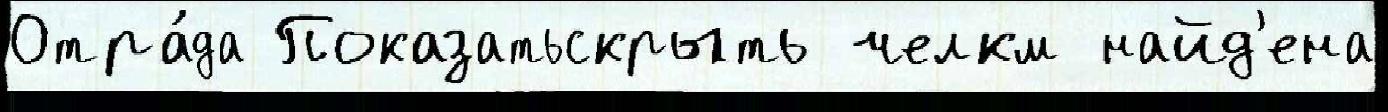
Отра́да Показатьскрыть челкм найд'ена